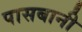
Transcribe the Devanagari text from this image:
पासबानी